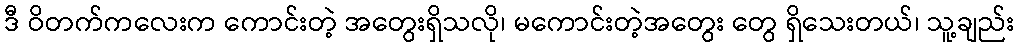
ဒီ ဝိတက်ကလေးက ကောင်းတဲ့ အတွေးရှိသလို၊ မကောင်းတဲ့အတွေး တွေ ရှိသေးတယ်၊ သူ့ချည်း